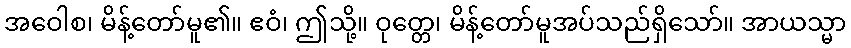
အဝေါစ၊ မိန့်တော်မူ၏။ ဧဝံ၊ ဤသို့။ ဝုတ္တေ၊ မိန့်တော်မူအပ်သည်ရှိသော်။ အာယသ္မာ